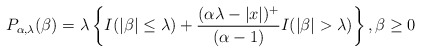
\begin{align*}P_{\alpha, \lambda}(\beta) = \lambda\left\{I(|\beta| \leq \lambda) + \frac{(\alpha \lambda -|x|)^{+}}{(\alpha-1)} I(|\beta| > \lambda)\right\}, \beta \ge 0\end{align*}